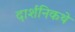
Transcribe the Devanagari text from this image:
दार्शनिकथे